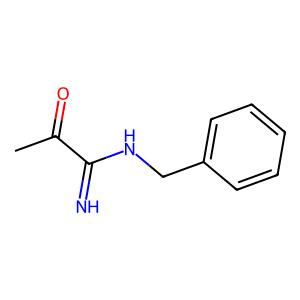
SMILES: CC(=O)C(=N)NCc1ccccc1
Inhibits HIV replication: No